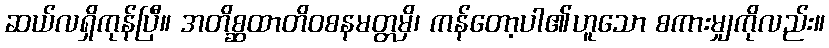
ဆယ်လရှိကုန်ပြီ။ အတိစ္ဆထာတိဝစနမတ္တမှိ၊ ကန်တော့ပါ၏ဟူသော စကားမျှကိုလည်း။